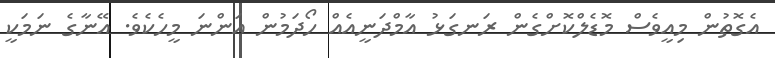
އެގޮތުން މިއީވެސް މޮޑެލްްކޮށްގެން ރަނގަޅު އާމްދަނީއެއް ހޯދަމުން އަންނަ މީހެކެވެ. އޭނާގެ ނަމަކީ